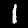
Label: 1